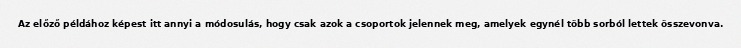
Az előző példához képest itt annyi a módosulás, hogy csak azok a csoportok jelennek meg, amelyek egynél több sorból lettek összevonva.